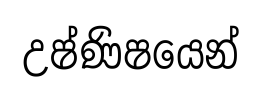
උෂ්ණිෂයෙන්